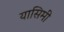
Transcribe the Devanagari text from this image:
यासिमी